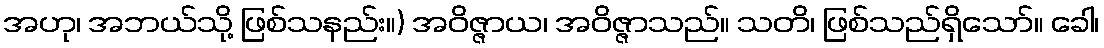
အဟု၊ အဘယ်သို့ ဖြစ်သနည်း။) အဝိဇ္ဇာယ၊ အဝိဇ္ဇာသည်။ သတိ၊ ဖြစ်သည်ရှိသော်။ ခေါ၊